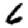
Digit: 6